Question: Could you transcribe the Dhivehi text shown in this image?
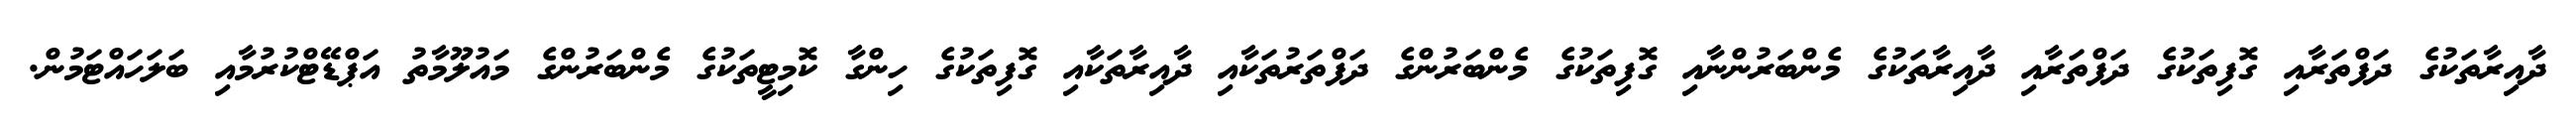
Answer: ދާއިރާތަކުގެ ދަފްތަރާއި ގޮފިތަކުގެ ދަފްތަރާއި ދާއިރާތަކުގެ މެންބަރުންނާއި ގޮފިތަކުގެ މެންބަރުންގެ ދަފްތަރުތަކާއި ދާއިރާތަކާއި ގޮފިތަކުގެ ހިންގާ ކޮމިޓީތަކުގެ މެންބަރުންގެ މައުލޫމާތު އަޕްޑޭޓްކުރުމާއި ބަލަހައްޓަމުން.